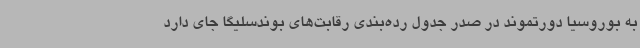
به بوروسیا دورتموند در صدر جدول رده‌بندی رقابت‌های بوندسلیگا جای دارد